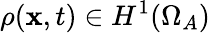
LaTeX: \rho(\mathbf{x},t)\in H^{1}(\Omega_{A})